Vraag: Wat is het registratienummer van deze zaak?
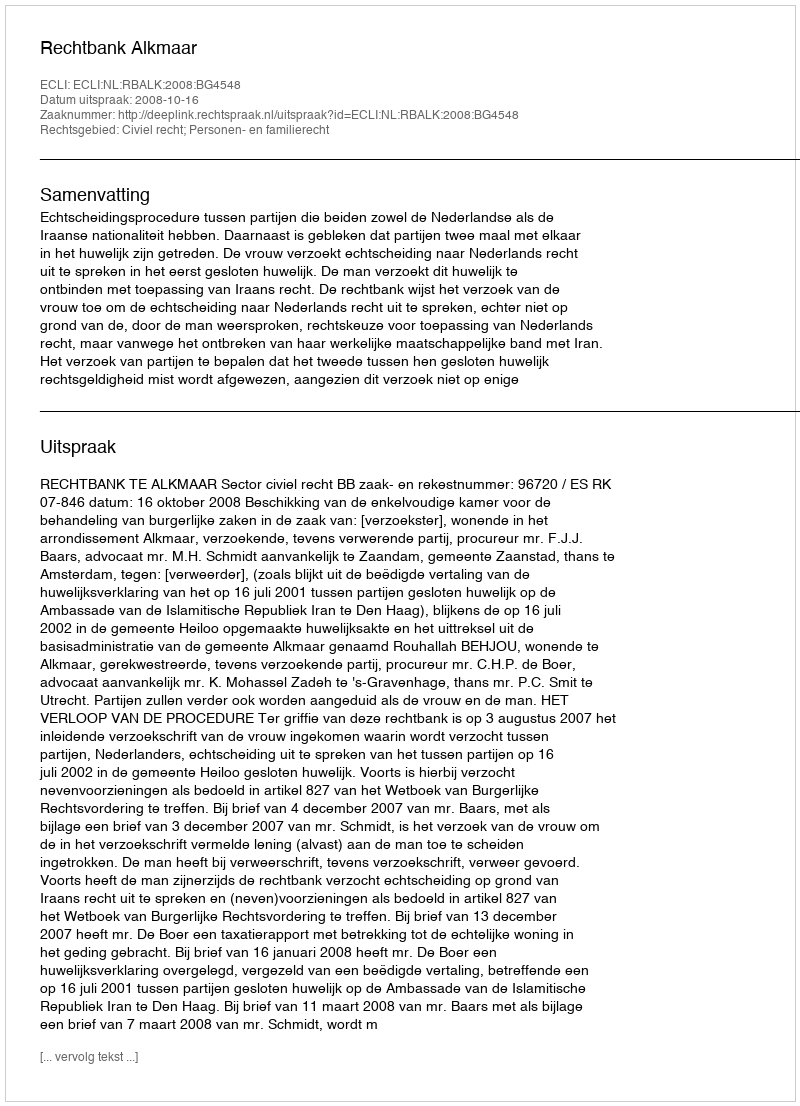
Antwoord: http://deeplink.rechtspraak.nl/uitspraak?id=ECLI:NL:RBALK:2008:BG4548